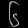
Digit: ၆